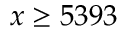
x \geq 5 3 9 3